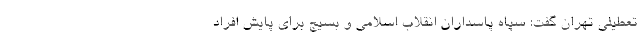
تعطیلی تهران گفت: سپاه پاسداران انقلاب اسلامی و بسیج برای پایش افراد